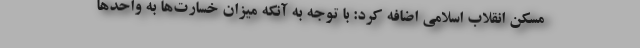
مسکن انقلاب اسلامی اضافه کرد: با توجه به آنکه میزان خسارت‌ها به واحدها